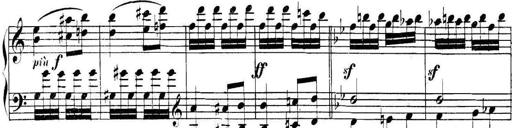
Title: Collected Piano Sonatas
Composer: Muzio Clementi